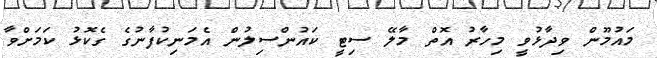
މައުމޫން ވިދާޅުވީ މިހާރު އޮތް މާލޭ ސިޓީ ކައުންސިލުން އެމަނިކުފާނުގެ ގެކޮޅު ކަމަށްވާ